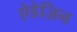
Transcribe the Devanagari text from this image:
ऐडेज़िन